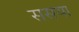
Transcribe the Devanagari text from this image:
ससया